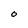
Character: O